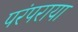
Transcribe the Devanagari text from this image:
परंपराया